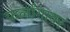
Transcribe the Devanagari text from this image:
फर्लांगावर